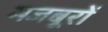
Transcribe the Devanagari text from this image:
मजबूरों